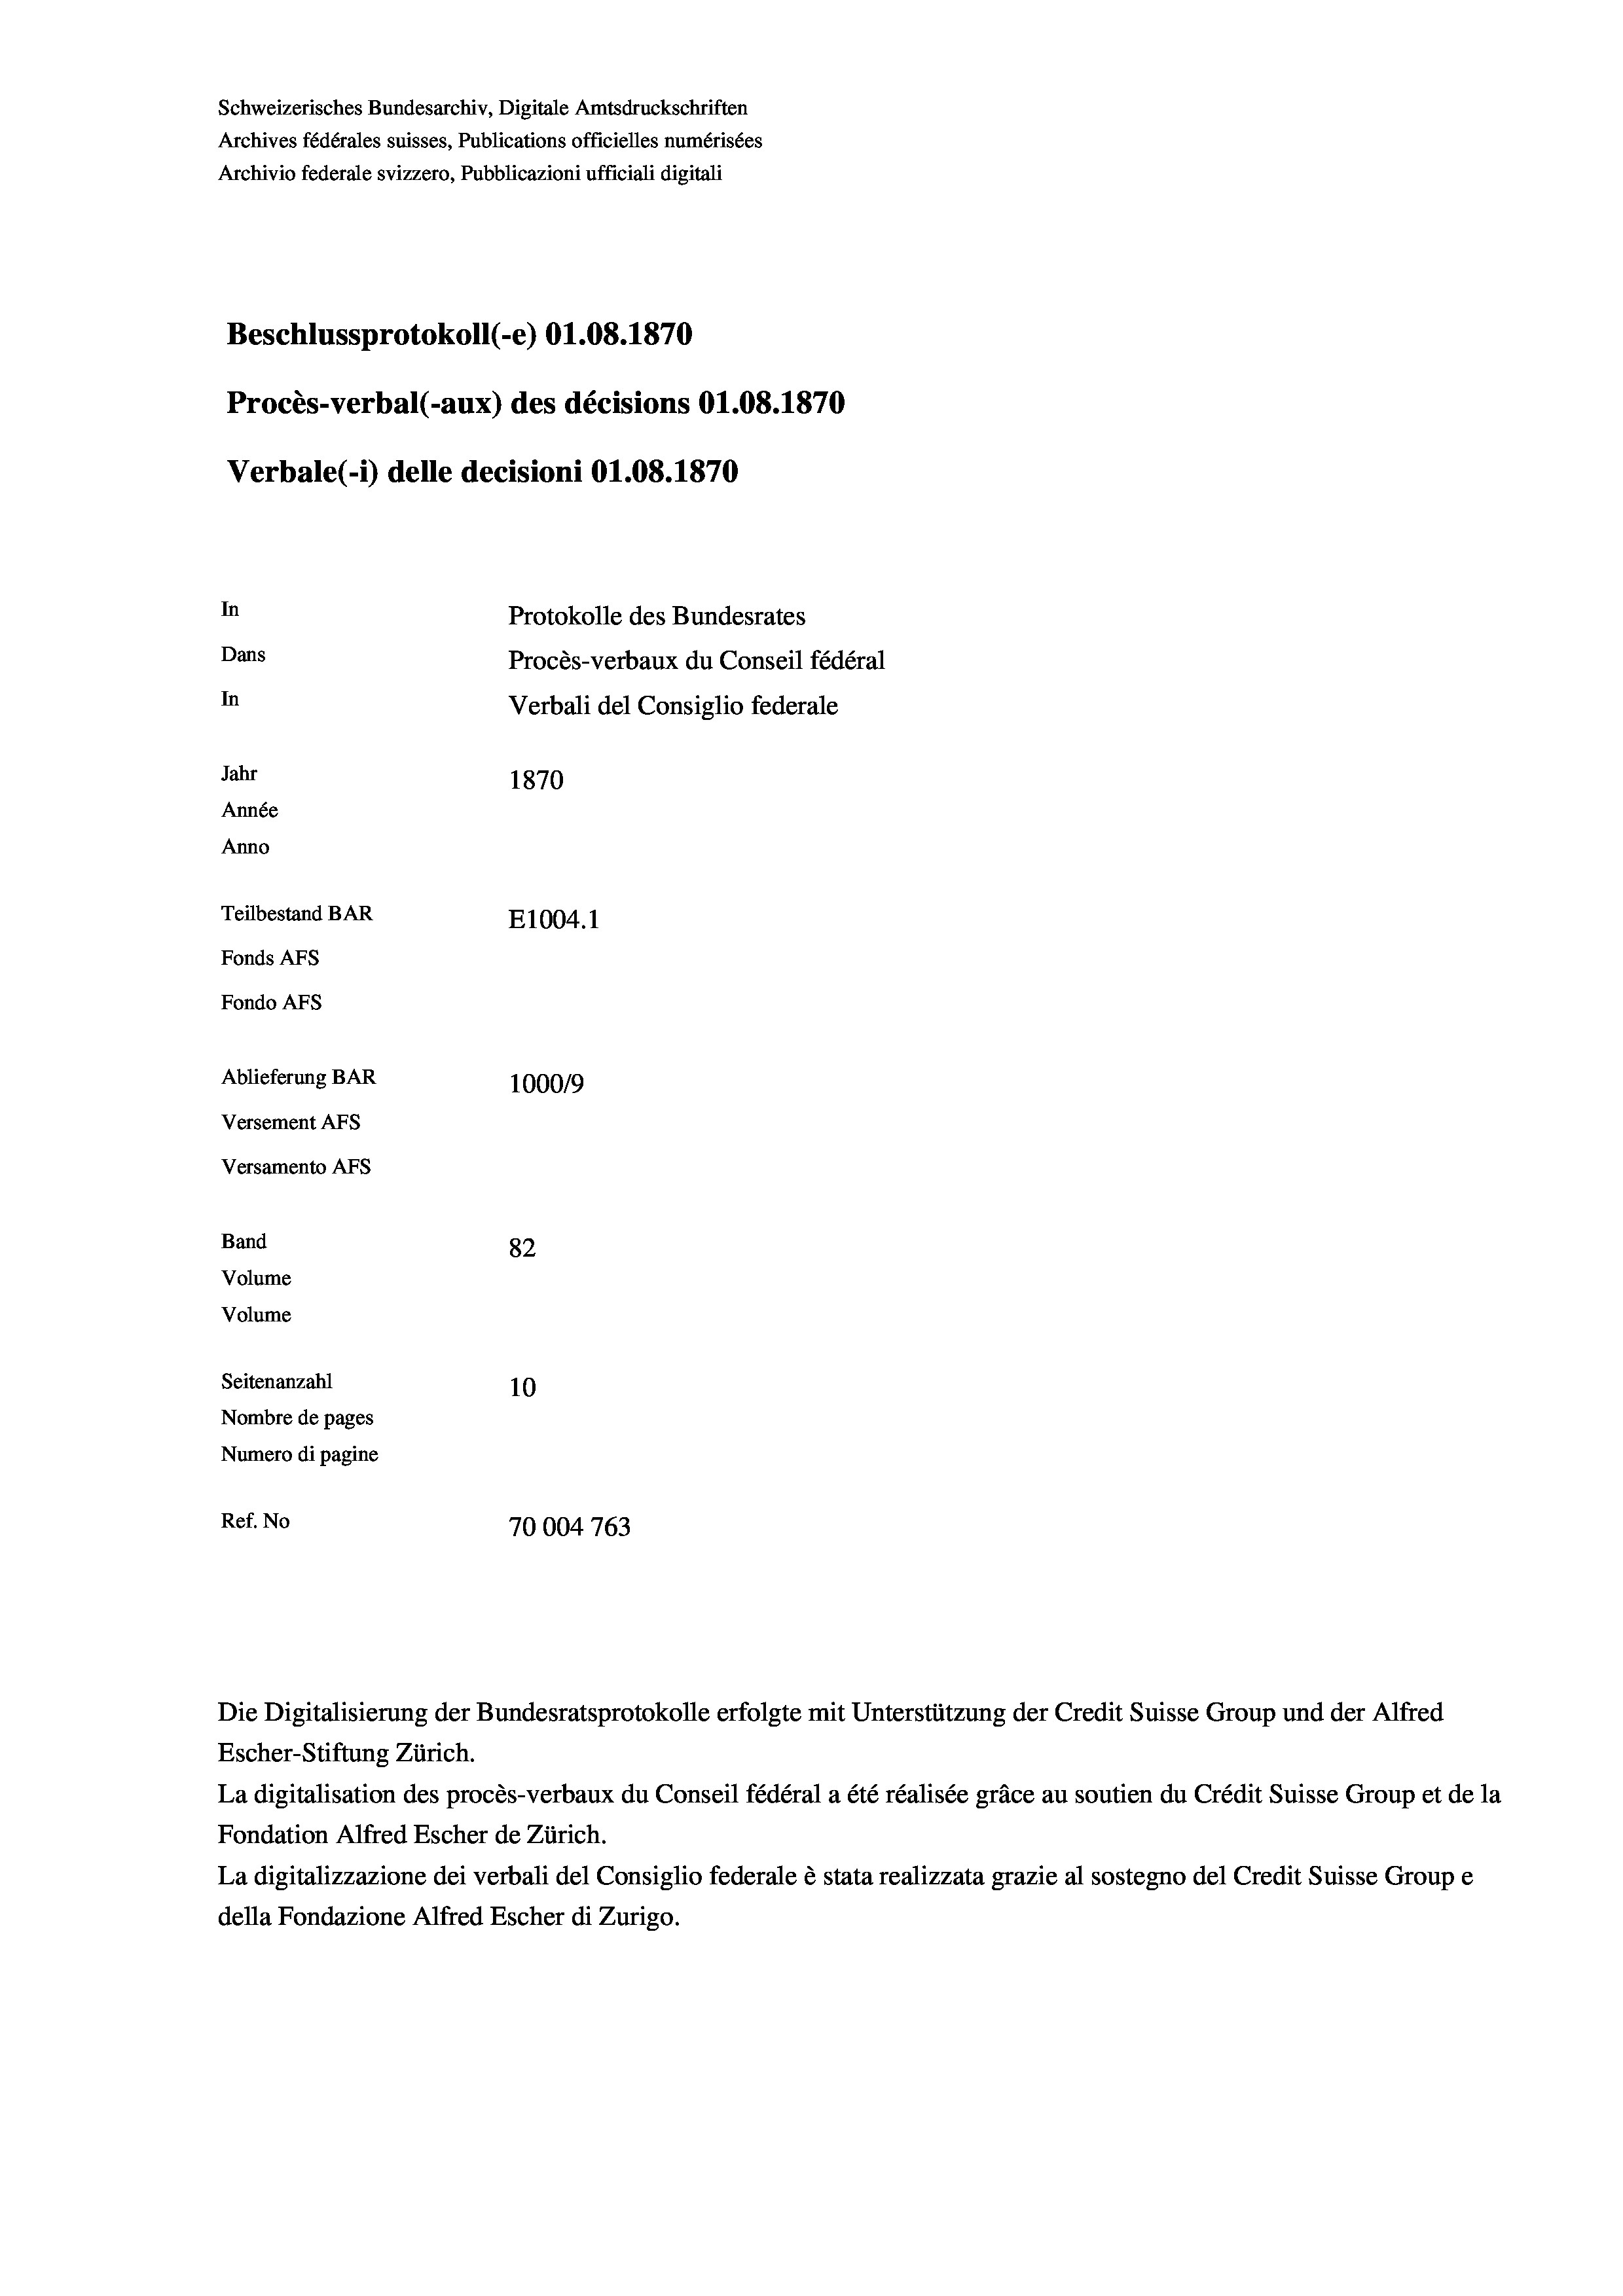
Schweizerisches Bundesarchiv, Digitale Amtsdruckschriften
Archives fédérales suisses, Publications officielles numérisées
Archivio federale svizzero, Pubblicazioni ufficiali digitali
Beschlussprotokoll (-e) O1.08. 1870
Procès-verbal (-aux) des décisions O1.08. 1870
Verbale (1) delle decisioni O1.08. 1870
In
Protokolle des Bundesrates
Dans
Procès-verbaux du Conseil fédéral
In
Verbali del Consiglio federale
Jahr
1870
Année
Anno
Teilbestand BAR
E1004.1
Fonds AFs
Fondo AFs

Ablieferung BAR
Versement Abs
Versamento Afs
Band
Volume
Volume

1000/9
82
Seitenanzahl
10
Nombre de pages
Numero di pagine
Ref. No
10004763

Escher-Stiftung Zürich.
La digitalisation des procès-verbaux du Conseil fédéral a été réalisée gräce au soutien du Crédit Suisse Group et de la
Fondation Alfred Escher de Zürich.
La digitalizzazione dei verbali del Consiglio federale è stata realizzata grazie al sostegno del Credit Suisse Groupe
della Fondazione Alfred Escher di Zurigo.

Die Digitalisierung der Bundesratsprotokolle erfolgte mit Unterstützung der Credit Suisse Group und der Alfred